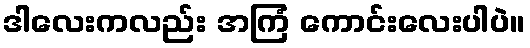
ဒါလေးကလည်း အကြံ ကောင်းလေးပါပဲ။